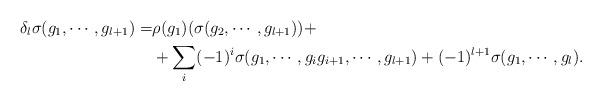
LaTeX: \begin{align*}\delta_{l} \sigma(g_1, \cdots, g_{l+1}) = &{\rho}(g_1)( {\sigma}(g_2, \cdots, g_{l+1} ))+\\&+ \sum_{i} (-1)^i {\sigma}( g_1, \cdots, g_i g_{i+1}, \cdots, g_{l+1})+ (-1)^{l+1} {\sigma}(g_1, \cdots, g_l).\end{align*}